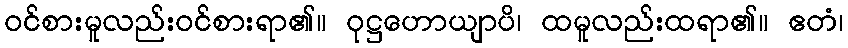
ဝင်စားမူလည်းဝင်စားရာ၏။ ဝုဋ္ဌဟောယျာပိ၊ ထမူလည်းထရာ၏။ ဧတံ၊